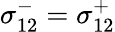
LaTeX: \sigma_{12}^{-}=\sigma_{12}^{+}